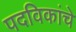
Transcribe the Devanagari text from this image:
पदविकांचे